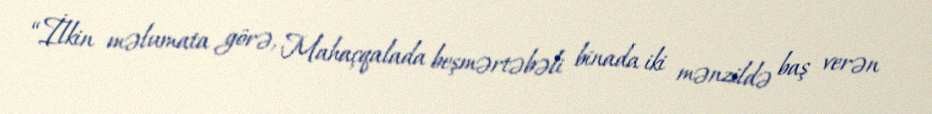
“İlkin məlumata görə, Mahaçqalada beşmərtəbəli binada iki mənzildə baş verən